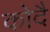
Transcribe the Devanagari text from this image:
कोदै